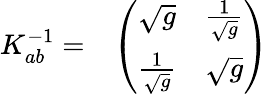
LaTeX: \begin{array}{cc}{{K_{ab}^{-1}=}}&{{\left(\begin{array}{cc}{{\sqrt{g}}}&{{{\frac{1}{\sqrt{g}}}}}\\ {{{\frac{1}{\sqrt{g}}}}}&{{\sqrt{g}}}\end{array}\right)}}\end{array}